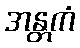
အန္တကံ